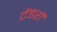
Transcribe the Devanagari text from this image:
टेंडरों